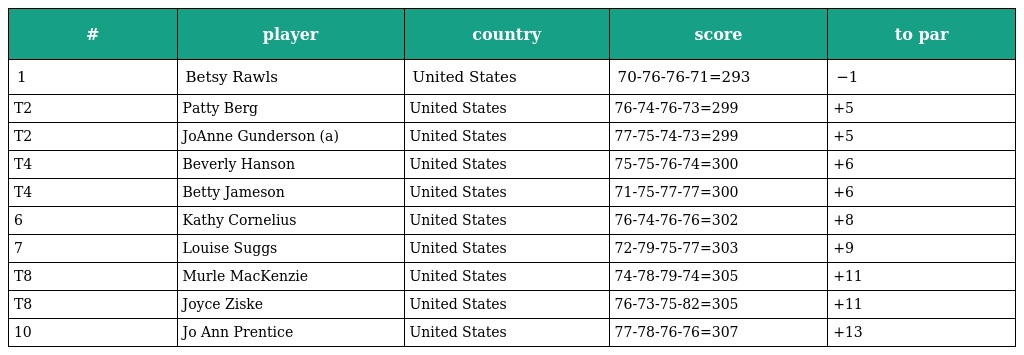
| # | player | country | score | to par |
 | --- | --- | --- | --- | --- |
 | 1 | Betsy Rawls | United States | 70-76-76-71=293 | −1 |
 | T2 | Patty Berg | United States | 76-74-76-73=299 | +5 |
 | T2 | JoAnne Gunderson (a) | United States | 77-75-74-73=299 | +5 |
 | T4 | Beverly Hanson | United States | 75-75-76-74=300 | +6 |
 | T4 | Betty Jameson | United States | 71-75-77-77=300 | +6 |
 | 6 | Kathy Cornelius | United States | 76-74-76-76=302 | +8 |
 | 7 | Louise Suggs | United States | 72-79-75-77=303 | +9 |
 | T8 | Murle MacKenzie | United States | 74-78-79-74=305 | +11 |
 | T8 | Joyce Ziske | United States | 76-73-75-82=305 | +11 |
 | 10 | Jo Ann Prentice | United States | 77-78-76-76=307 | +13 |